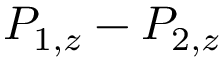
P _ { 1 , z } - P _ { 2 , z }